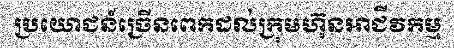
ប្រយោជន៍ច្រើនពេកដល់ក្រុមហ៊ុនអាជីវកម្ម